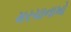
મરચાનાખો